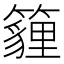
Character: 𥵷